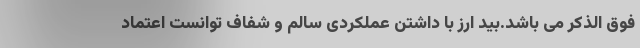
فوق الذکر می باشد.بید ارز با داشتن عملکردی سالم و شفاف توانست اعتماد